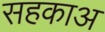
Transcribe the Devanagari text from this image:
सहकाअ